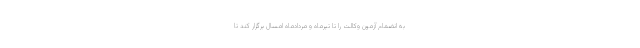
به انضمام آزمون وکالت را تا تیرماه و مردادماه امسال برگزار کند تا